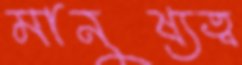
মানুষ্যত্ব